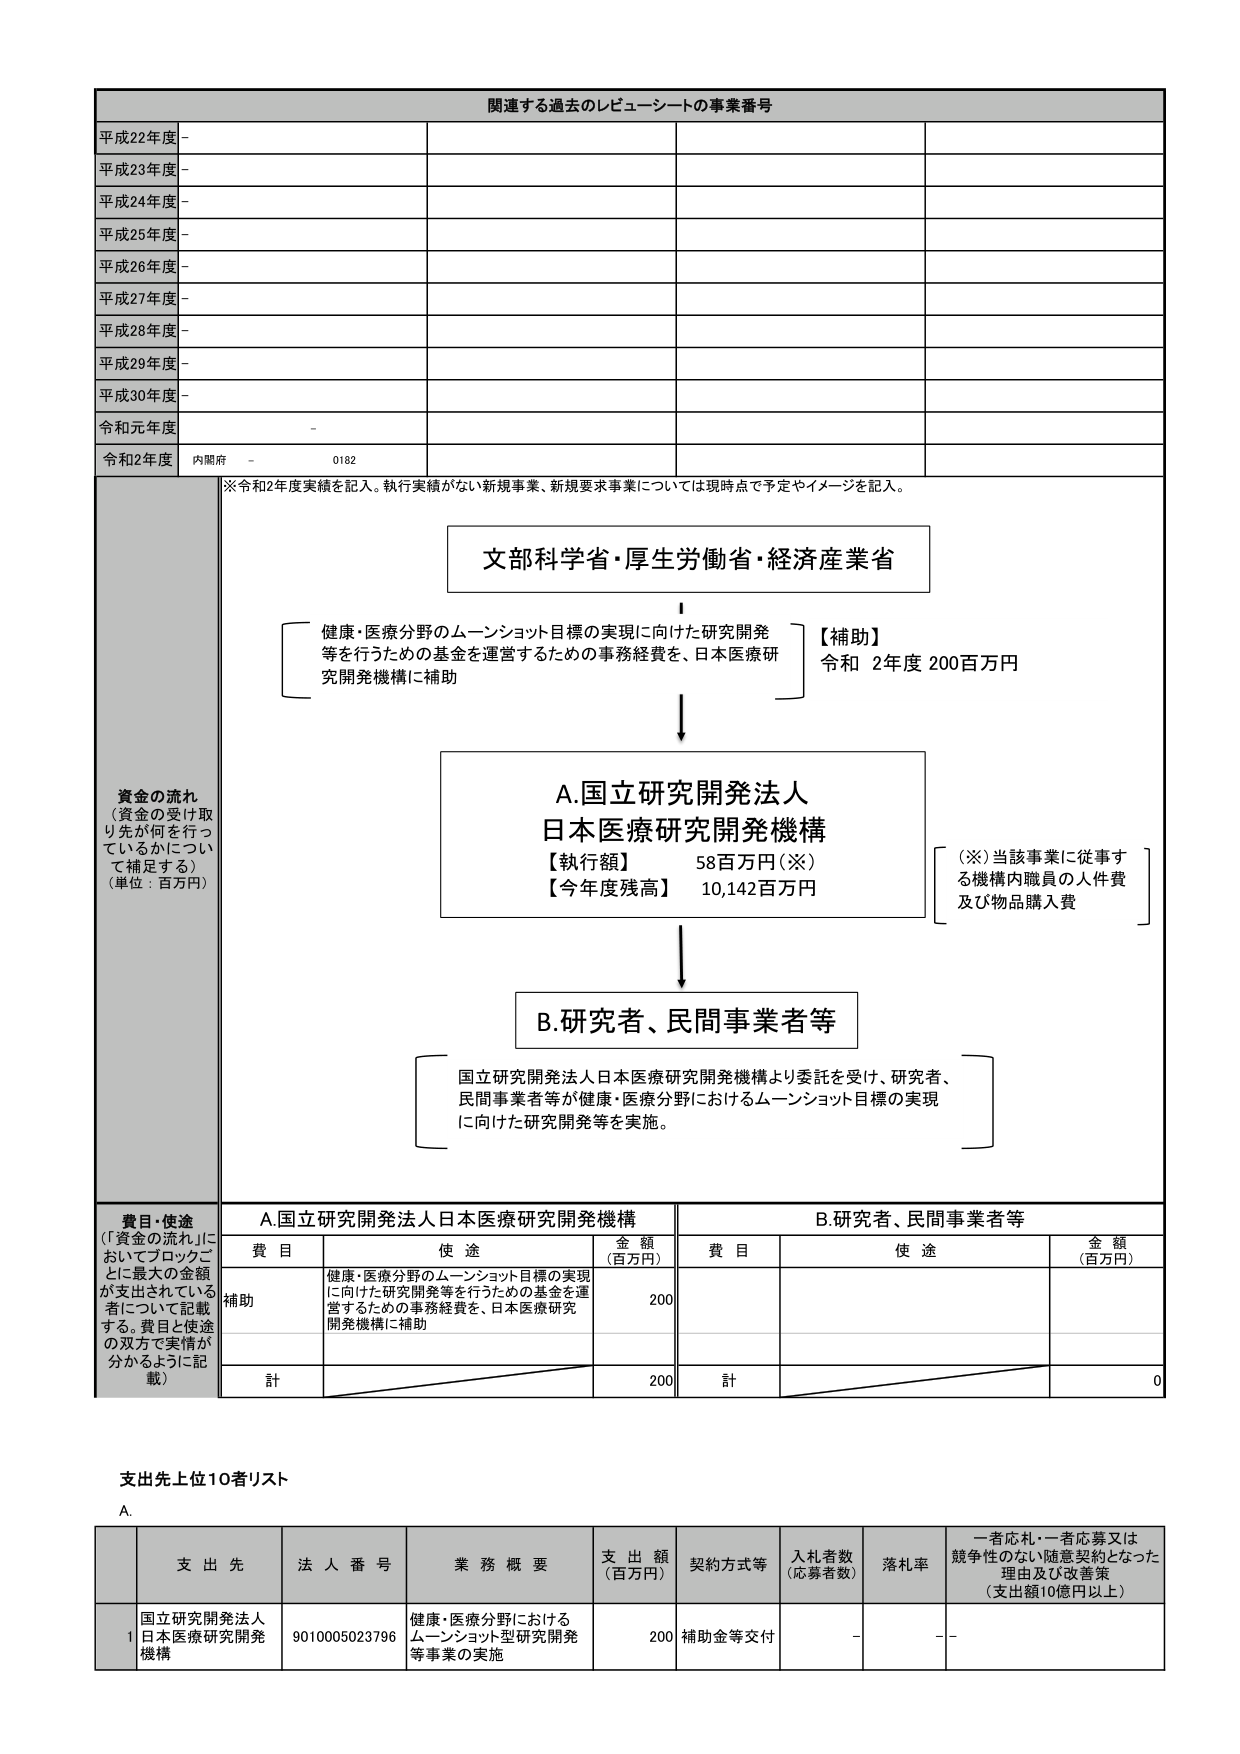
関連する過去のレビューーシートの事業番号
平成22年度 -
平成23年度 -
平成24年度 -
平成25年度 -
平成26年度 -
平成27年度 -
平成28年度 -
平成29年度 -
平成30年度 -
令和元年度 -
令和2年度 内閣府 - 0182
※令和2年度実績を記入。執行実績がない新規事業、新規要求事業については現時点で予定やイメージを記入。
文部科学省・厚生労働省・経済産業省
健康・医療分野のムーンショット目標の実現に向けた研究開発等を行うための基金を運営するための事務経費を、日本医療研究開発機構に補助
【補助】
令和 2年度 200百万円
A.国立研究開発法人
日本医療研究開発機構
【執行額】 58百万円（※）
【今年度残高】 10,142百万円
（※）当該事業に従事する機構内職員の人件費及び物品購入費
B.研究者、民間事業者等
国立研究開発法人日本医療研究開発機構より委託を受け、研究者、民間事業者等が健康・医療分野におけるムーンショット目標の実現に向けた研究開発等を実施。
資金の流れ
（資金の受け取り先が何を行っているかについて補足する）
（単位：百万円）
費目・使途
（「資金の流れ」においてブロックごとに最大の金額が支出されている者について記載する。費目と使途の双方で実情が分かるように記載）
A.国立研究開発法人日本医療研究開発機構
B.研究者、民間事業者等
費目 使途 金額（百万円） 費目 使途 金額（百万円）
補助 健康・医療分野のムーンショット目標の実現に向けた研究開発等を行うための基金を運営するための事務経費を、日本医療研究開発機構に補助 200
計 200 計 0
支出先上位10者リスト
A.
支出先 法人番号 業務概要 支出額（百万円） 契約方式等 入札者数（応募者数） 落札率 一者応札・一者応募又は競争性のない随意契約となった理由及び改善策（支出額10億円以上）
1 国立研究開発法人日本医療研究開発機構 9010005023796 健康・医療分野におけるムーンショット型研究開発等事業の実施 200 補助金等交付 - - -